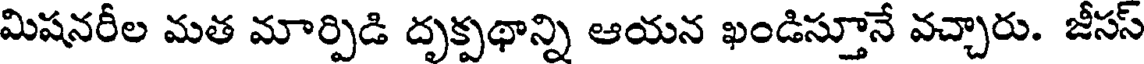
మిషనరీల మత మార్పిడి దృక్పథాన్ని ఆయన ఖండిస్తూనే వచ్చారు. జీసస్